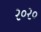
ર૦ર૦